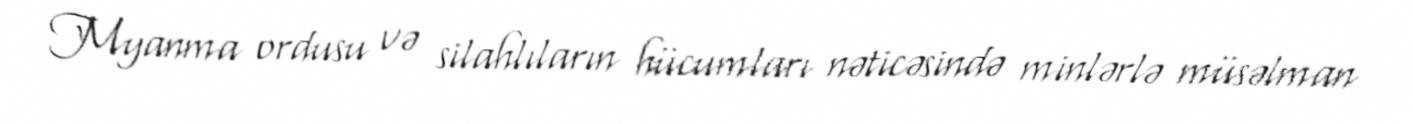
Myanma ordusu və silahlıların hücumları nəticəsində minlərlə müsəlman